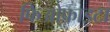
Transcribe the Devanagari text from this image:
फिओफाइटा